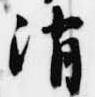
消